Note on the mental hospitals in Burma - 1925-1940
Year: 1925
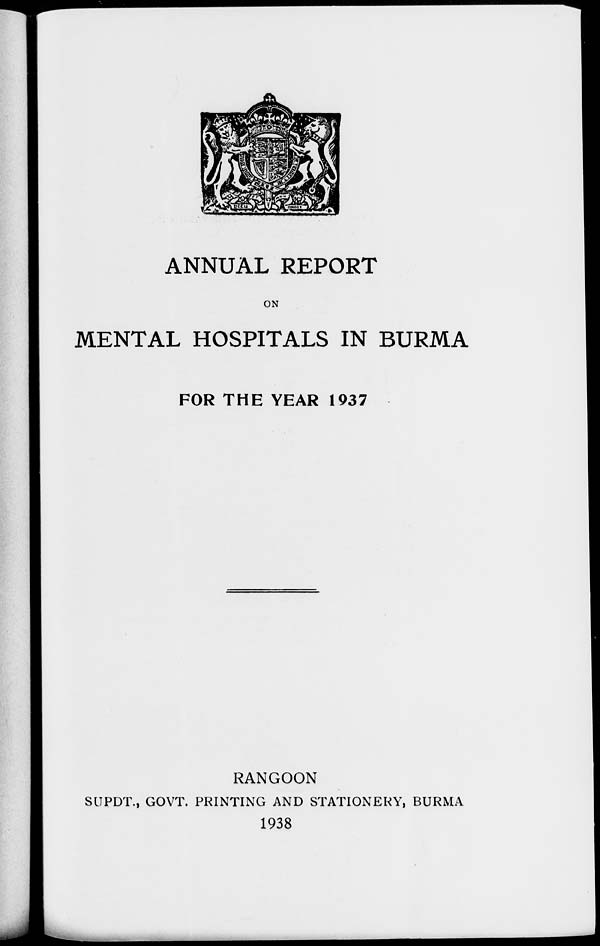
ANNUAL REPORT
ON
MENTAL HOSPITALS IN BURMA
FOR THE YEAR 1937
RANGOON
SUPDT., GOVT. PRINTING AND STATIONERY, BURMA
1938